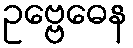
ဥဗ္ဗေဓေန